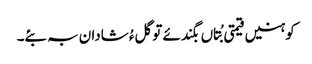
کوہنیں قیمتی بُتاں بگندئے تو گلءُ شادان بہ بئے۔